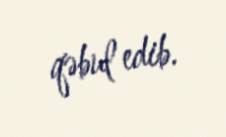
qəbul edib.